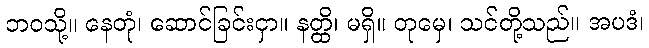
ဘဝသို့။ နေတုံ၊ ဆောင်ခြင်းငှာ။ နတ္ထိ၊ မရှိ။ တုမှေ၊ သင်တို့သည်။ အပဒံ၊